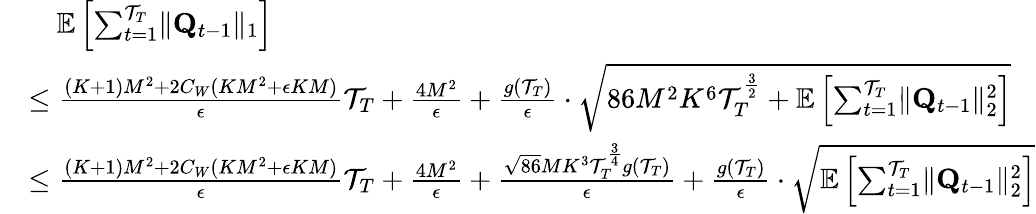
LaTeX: \begin{array}{rl}&{\quad\mathbb E\left[\sum_{t=1}^{\mathcal T_{T}}\lVert\mathbf Q_{t-1}\rVert_{1}\right]}\\ &{\le\frac{(K+1)M^{2}+2C_{W}(KM^{2}+\epsilon KM)}\epsilon\mathcal T_{T}+\frac{4M^{2}}{\epsilon}+\frac{g(\mathcal T_{T})}\epsilon\cdot\sqrt{86M^{2}K^{6}\mathcal T_{T}^{\frac 32}+\mathbb E\left[\sum_{t=1}^{\mathcal T_{T}}\lVert\mathbf Q_{t-1}\rVert_{2}^{2}\right]}}\\ &{\le\frac{(K+1)M^{2}+2C_{W}(KM^{2}+\epsilon KM)}\epsilon\mathcal T_{T}+\frac{4M^{2}}{\epsilon}+\frac{\sqrt{86}MK^{3}\mathcal T_{T}^{\frac 34}g(\mathcal T_{T})}{\epsilon}+\frac{g(\mathcal T_{T})}\epsilon\cdot\sqrt{\mathbb E\left[\sum_{t=1}^{\mathcal T_{T}}\lVert\mathbf Q_{t-1}\rVert_{2}^{2}\right]}}\end{array}